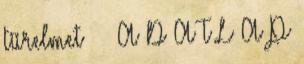
türelmet A D A T L A P